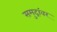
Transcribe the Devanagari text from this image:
समुद्रांवर